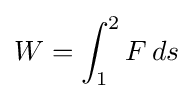
W=\int _{1}^{2}F\,ds